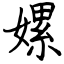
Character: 嫘